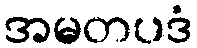
အမတပဒံ